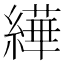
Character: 𦅠